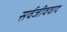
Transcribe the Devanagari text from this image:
सर्वजीववाद